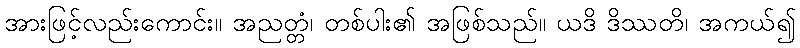
အားဖြင့်လည်းကောင်း။ အညတ္တံ၊ တစ်ပါး၏ အဖြစ်သည်။ ယဒိ ဒိဿတိ၊ အကယ်၍